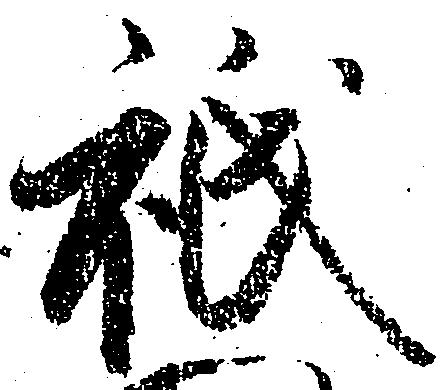
祇